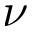
\nu